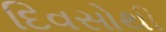
દિવસોથી